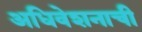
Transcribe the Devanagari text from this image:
अधिवेशनाची